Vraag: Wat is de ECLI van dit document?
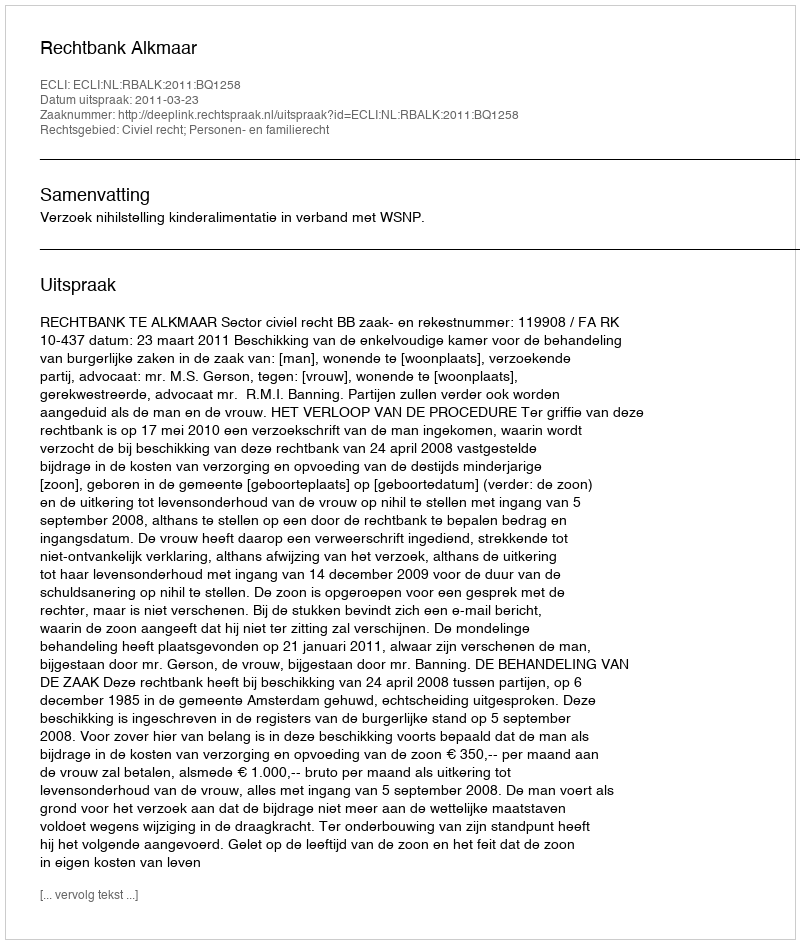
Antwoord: ECLI:NL:RBALK:2011:BQ1258